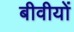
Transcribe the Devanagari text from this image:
बीवीयों